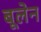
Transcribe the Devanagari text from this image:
बूलेन